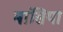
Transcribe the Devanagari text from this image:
बांसिया